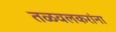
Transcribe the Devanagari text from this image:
तळवलकरांना